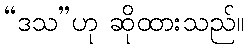
“ဒသ”ဟု ဆိုထားသည်။